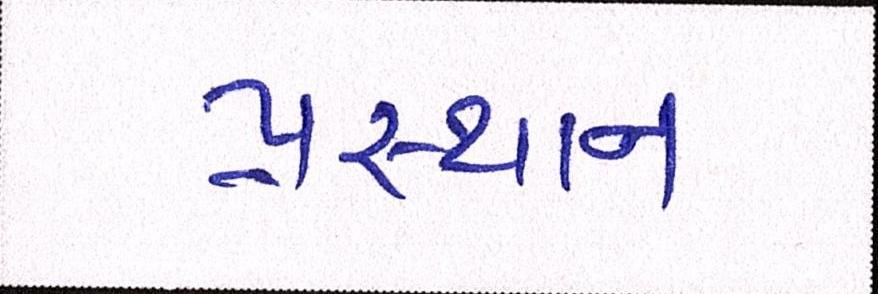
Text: પ્રસ્થાન